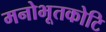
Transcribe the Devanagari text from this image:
मनोभूतकोटि